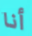
أنا